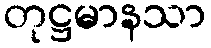
တုဋ္ဌမာနသာ